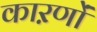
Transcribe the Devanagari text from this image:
काऱणों